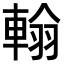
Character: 𨌺